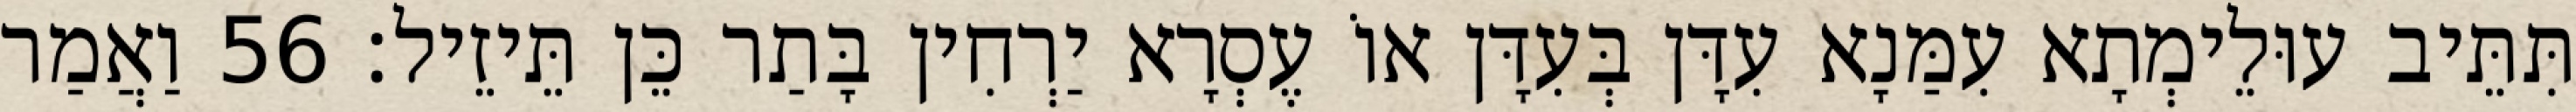
תִּתֵּיב עוּלֵימְתָא עִמַּנָא עִדָּן בְּעִדָּן אוֹ עֶסְרָא יַרְחִין בָּתַר כֵּן תֵּיזֵיל׃ 56 וַאֲמַר